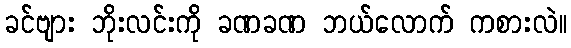
ခင်ဗျား ဘိုးလင်းကို ခဏခဏ ဘယ်လောက် ကစားလဲ။